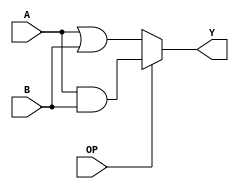
module logical(A, B, OP, Y); // add all inputs and outputs inside parentheses

  // inputs
  input  [7:0]  A;
  input  [7:0]  B;
  input         OP;
  
  // outputs
  output [7:0]  Y;
  
  
  // reg and internal variable definitions
  
  
  // implement module here
  assign Y = OP ? (A & B) : (A | B);

  
endmodule